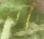
বা